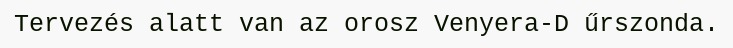
Tervezés alatt van az orosz Venyera-D űrszonda.